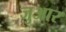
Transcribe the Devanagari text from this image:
जुआर